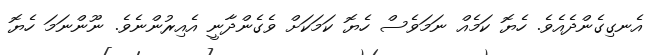
އެނގިގެންދެއެވެ. ހެޔޮ ކަމެއް ނަމަވެސް ހެޔޮ ކަމަކަށް ވެގެންދާނީ އެއިރުންނެވެ. ނޫންނަމަ ހެޔޮ